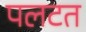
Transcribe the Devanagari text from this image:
पलटत